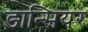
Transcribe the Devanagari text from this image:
डान्सियर